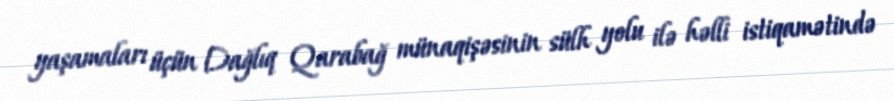
yaşamaları üçün Dağlıq Qarabağ münaqişəsinin sülh yolu ilə həlli istiqamətində